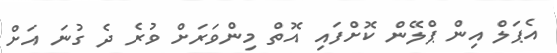
އެޕަލް އިން ޕްލޭން ކޮށްފައި އޮތް މިންވަރަށް ވުރެ ދެ ގުނަ އަށް